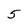
Character: 5